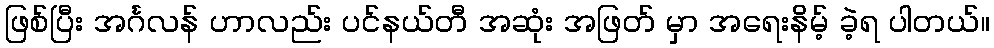
ဖြစ်ပြီး အင်္ဂလန် ဟာလည်း ပင်နယ်တီ အဆုံး အဖြတ် မှာ အရေးနိမ့် ခဲ့ရ ပါတယ်။